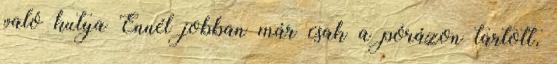
való kutya Ennél jobban már csak a pórázon tartott,